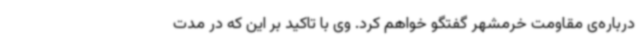
درباره‌ی مقاومت خرمشهر گفتگو خواهم کرد. وی با تاکید بر این که در مدت